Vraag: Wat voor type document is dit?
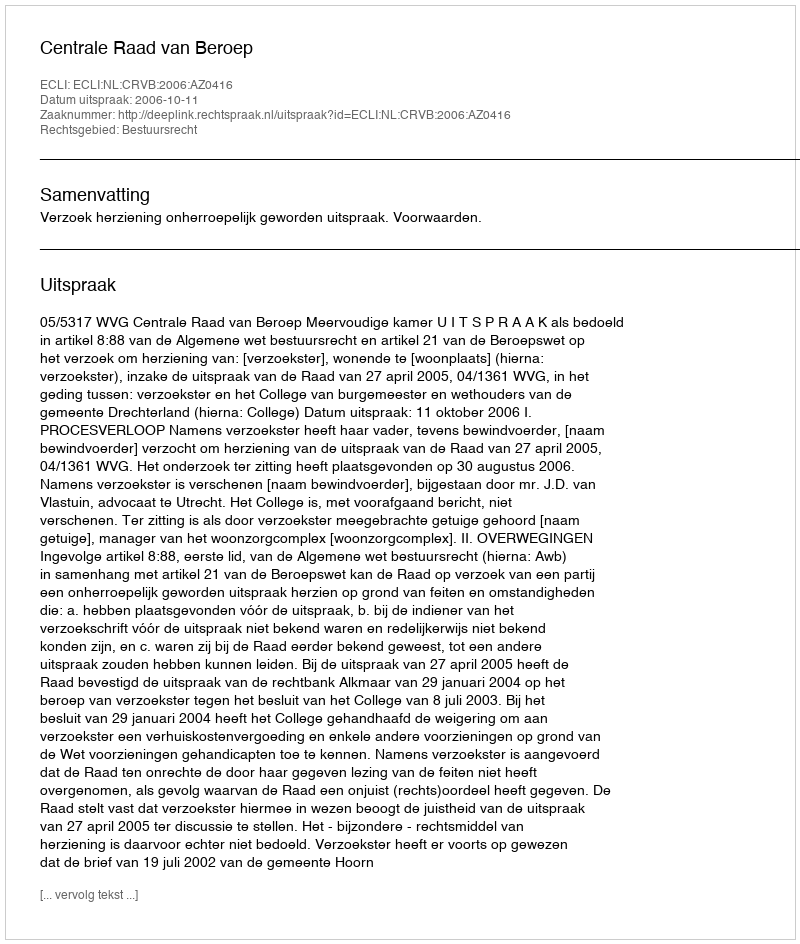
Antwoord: Uitspraak